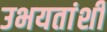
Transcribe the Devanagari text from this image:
उभयतांशी